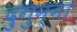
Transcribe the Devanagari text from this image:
दुगुन्ना